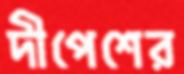
দীপেশের